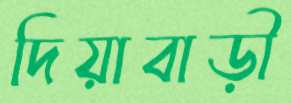
দিয়াবাড়ী